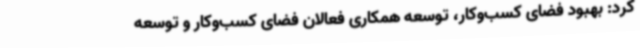
کرد: بهبود فضای کسب‌وکار، توسعه همکاری فعالان فضای کسب‌وکار و توسعه